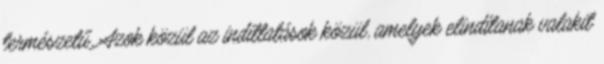
természetű. Azok közül az indíttatások közül, amelyek elindítanak valakit